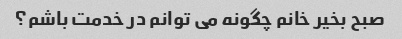
صبح بخیر خانم چگونه می توانم در خدمت باشم؟